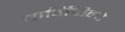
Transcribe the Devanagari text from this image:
ब्राविसिमो